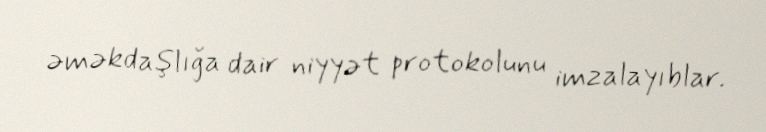
əməkdaşlığa dair niyyət protokolunu imzalayıblar.